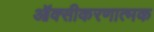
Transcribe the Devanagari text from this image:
ऑक्सीकरणात्मक